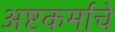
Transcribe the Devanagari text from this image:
अष्टकर्माचे